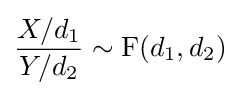
{\frac {X/d_{1}}{Y/d_{2}}}\sim \mathrm {F} (d_{1},d_{2})